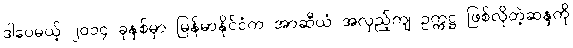
ဒါပေမယ့် ၂၀၁၄ ခုနှစ်မှာ မြန်မာနိုင်ငံက အာဆီယံ အလှည့်ကျ ဥက္ကဋ္ဌ ဖြစ်လိုတဲ့ဆန္ဒကို